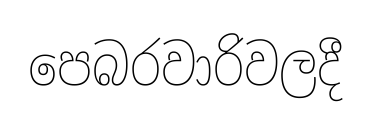
පෙබරවාරිවලදී